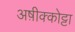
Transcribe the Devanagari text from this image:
अष़ीक्कोट्टा